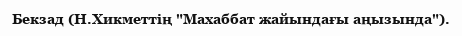
Бекзад (Н.Хикметтің "Махаббат жайындағы аңызында").